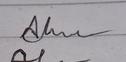
Signature authenticity: genuine